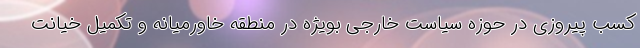
کسب پیروزی در حوزه سیاست خارجی بویژه در منطقه خاورمیانه و تکمیل خیانت